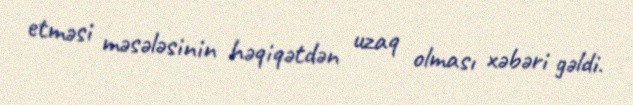
etməsi məsələsinin həqiqətdən uzaq olması xəbəri gəldi.